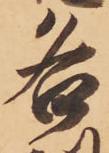
各